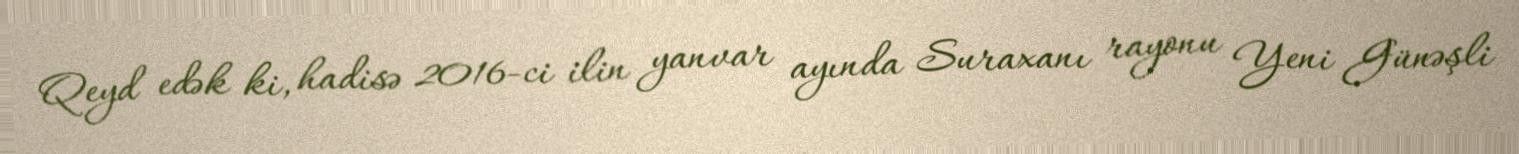
Qeyd edək ki, hadisə 2016-ci ilin yanvar ayında Suraxanı rayonu Yeni Günəşli